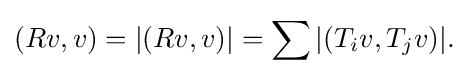
\displaystyle {(Rv,v)=|(Rv,v)|=\sum |(T_{i}v,T_{j}v)|.}